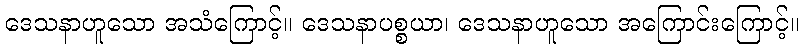
ဒေသနာဟူသော အသံကြောင့်။ ဒေသနာပစ္စယာ၊ ဒေသနာဟူသော အကြောင်းကြောင့်။